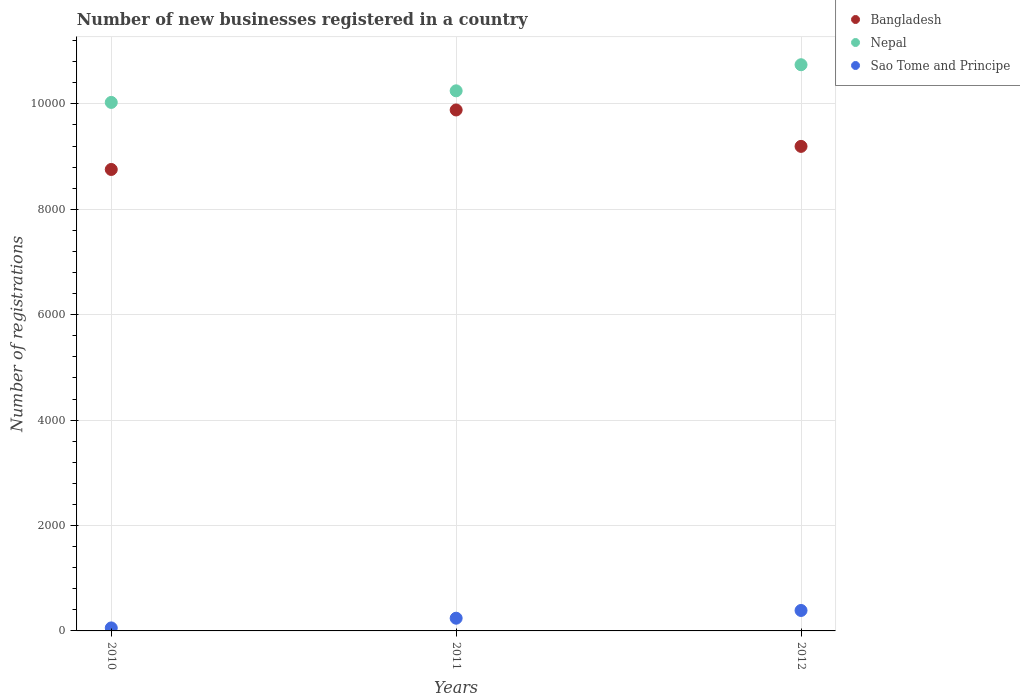
| Years | Bangladesh | Nepal | Sao Tome and Principe |
 | --- | --- | --- | --- |
 | 2010 | 8.76e+03 | 1e+04 | 57 |
 | 2011 | 9.88e+03 | 1.02e+04 | 241 |
 | 2012 | 9.19e+03 | 1.07e+04 | 388 |